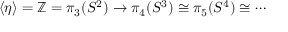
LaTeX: \langle \eta \rangle = \mathbb { Z } = \pi _ { 3 } ( S ^ { 2 } ) \to \pi _ { 4 } ( S ^ { 3 } ) \cong \pi _ { 5 } ( S ^ { 4 } ) \cong \cdots